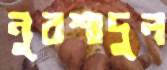
নুরশাদুল